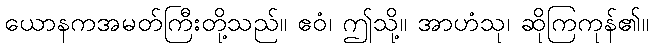
ယောနကအမတ်ကြီးတို့သည်။ ဧဝံ၊ ဤသို့။ အာဟံသု၊ ဆိုကြကုန်၏။